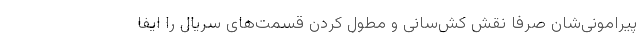
پیرامونی‌شان صرفاً نقش کش‌سانی و مطول کردن قسمت‌های سریال را ایفا